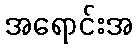
အရောင်းအ